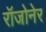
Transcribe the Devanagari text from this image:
रॉजोनेर